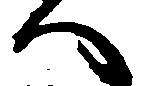
へ